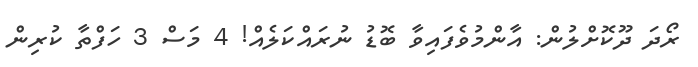
ރޯދަ ދޫކޮށްލުން: އާންމުވެފައިވާ ބޮޑު ނުރައްކަލެއް! 4 މަސް 3 ހަފްތާ ކުރިން